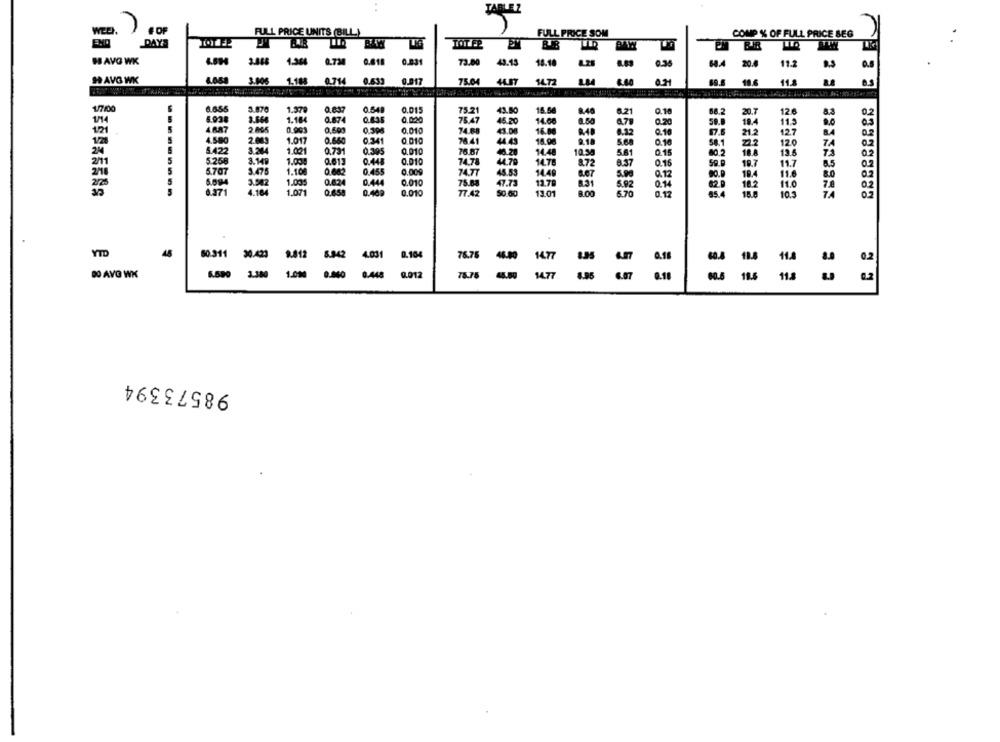
BLEZ
WEEK
) FOF
FULL PRICE UNITS (BILL)
FULL PRICE SOM
COMP % OF FULL PRICE SEG
DAYA
TOT FE
BAM
LIG
LOTEP
HAVO WK
UN
0.734
0.818
0.83
73.00
48.15
18.18
.36
64.4
20.4
11.2
.s
HAVG WK
3.006
1.188
0.714
0.633 0.017
0.017
75.04
14.72
11.6
11
1/7/00
8.655
3.870
1.979
0.637
0.549
0.015
75.21
43.50
15.58
8.48
5.21
0.10
20.7
12 €
8.3
1.164
0.000
75.47
0,2
1/14
0.835
45.20
14.00
1.50
4.7
0.70
19.4
11.5
1/21
4887
2 005
0.903
0,699
0.308
0.010
74.88
43.08
16.00
6.12
0.10
21.2
12.7
34
4.580
1.017
0 341
0.010
74 41
44 49
15.00
0.10
58.1
222
12.0
74
5422
1.021
0.731
0.305
0.010
76.87
4.28
14.48
10.58
5.8
0.15
18 A
13.6
72
02
5
5258
3.149
1.000
0.613
0.448
0.010
74 TH
44 79
14.76
8.72
8.37
0.16
19.7
11.7
8.5
0.2
5
5.707
3.475
1.10€
0.002
0.455
0.000
74.77
45.53
14.49
8.67
0.12
19.4
11.6
8.0
5.094
3.542
1.005
0.824
0.444
0.010
75.63
47.73
13.78
8.31
5.0
0.14
102
7.8
0.2
6.371
4.164
1.071
0.658
0.402
0.010
77.42
So 60
13.01
8.00
5.70
0.12
18.0
10.5
0.2
YTD
60-311 30.423 9.412 8.842 4.031
0.104
76.76
48.80
14.77
DO AVG WK
6.590 3.380 1.000 0.040 0.448 0.012
78.75
44.50
14.77
55
18.5
98573394